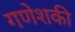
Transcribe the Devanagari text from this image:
गणेशकी